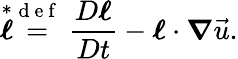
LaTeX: \stackrel{*}{\boldsymbol{\ell}}\stackrel{\mathrm{~d~e~f~}}{=}\frac{D\boldsymbol{\ell}}{Dt}-\boldsymbol{\ell}\cdot\boldsymbol{\nabla}\vec{u}.